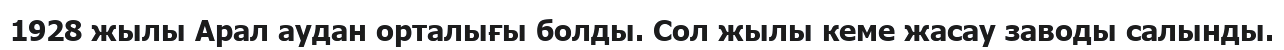
1928 жылы Арал аудан орталығы болды. Сол жылы кеме жасау заводы салынды.